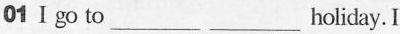
01Ⅰgo to___ ___ holiday. I